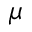
\mu